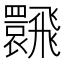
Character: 𩙽